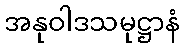
အနုဝါဒသမုဋ္ဌာနံ